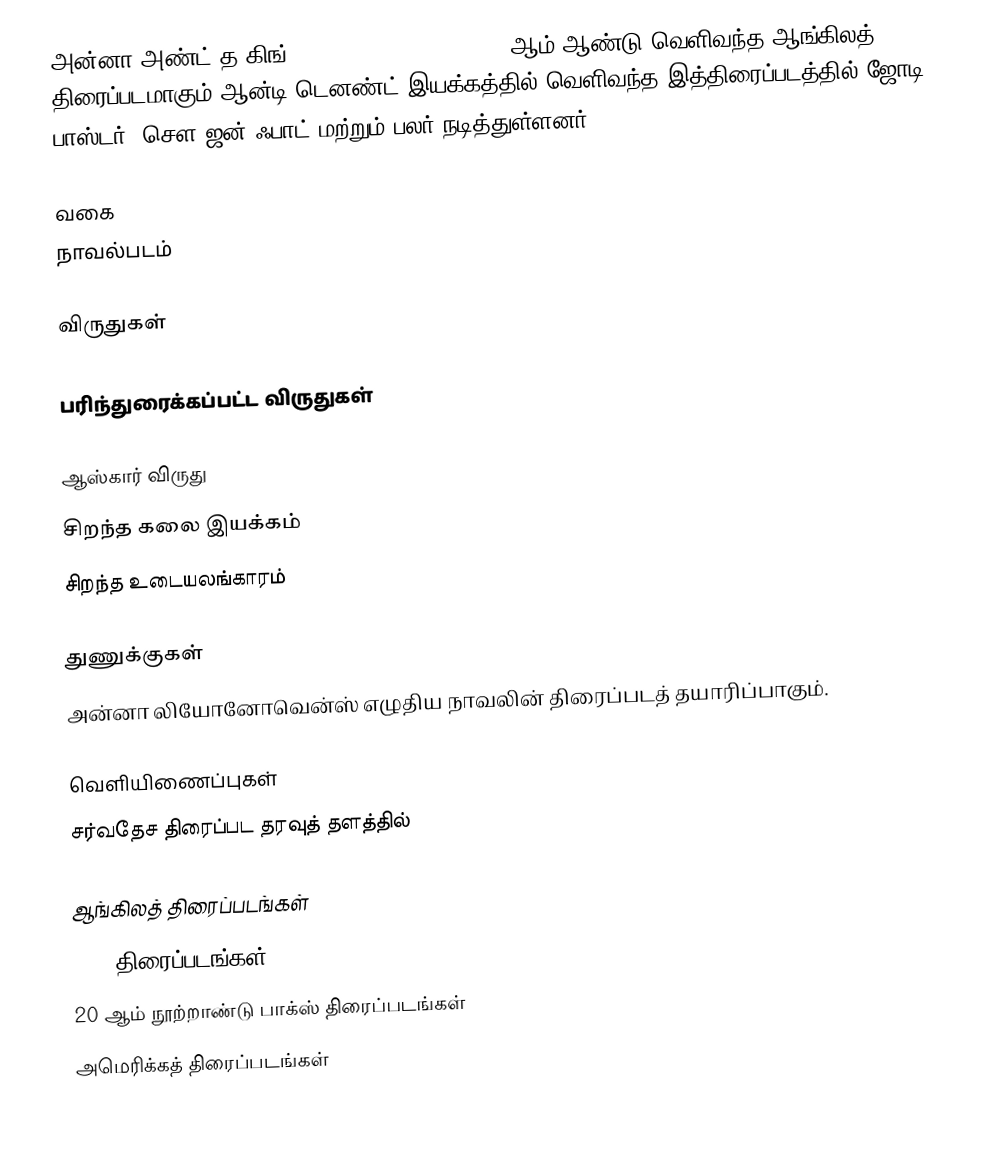
அன்னா அண்ட் த கிங் (Anna and the King) 1999 ஆம் ஆண்டு வெளிவந்த ஆங்கிலத் திரைப்படமாகும்.ஆன்டி டெனண்ட் இயக்கத்தில் வெளிவந்த இத்திரைப்படத்தில் ஜோடி பாஸ்டர், சௌ ஜன் ஃபாட் மற்றும் பலர் நடித்துள்ளனர்.

வகை
நாவல்படம்

விருதுகள்

பரிந்துரைக்கப்பட்ட விருதுகள்

ஆஸ்கார் விருது
 சிறந்த கலை இயக்கம்
 சிறந்த உடையலங்காரம்

துணுக்குகள்
 அன்னா லியோனோவென்ஸ் எழுதிய நாவலின் திரைப்படத் தயாரிப்பாகும்.

வெளியிணைப்புகள்
 சர்வதேச திரைப்பட தரவுத் தளத்தில்

ஆங்கிலத் திரைப்படங்கள்
1999 திரைப்படங்கள்
20 ஆம் நூற்றாண்டு பாக்ஸ் திரைப்படங்கள்
அமெரிக்கத் திரைப்படங்கள்